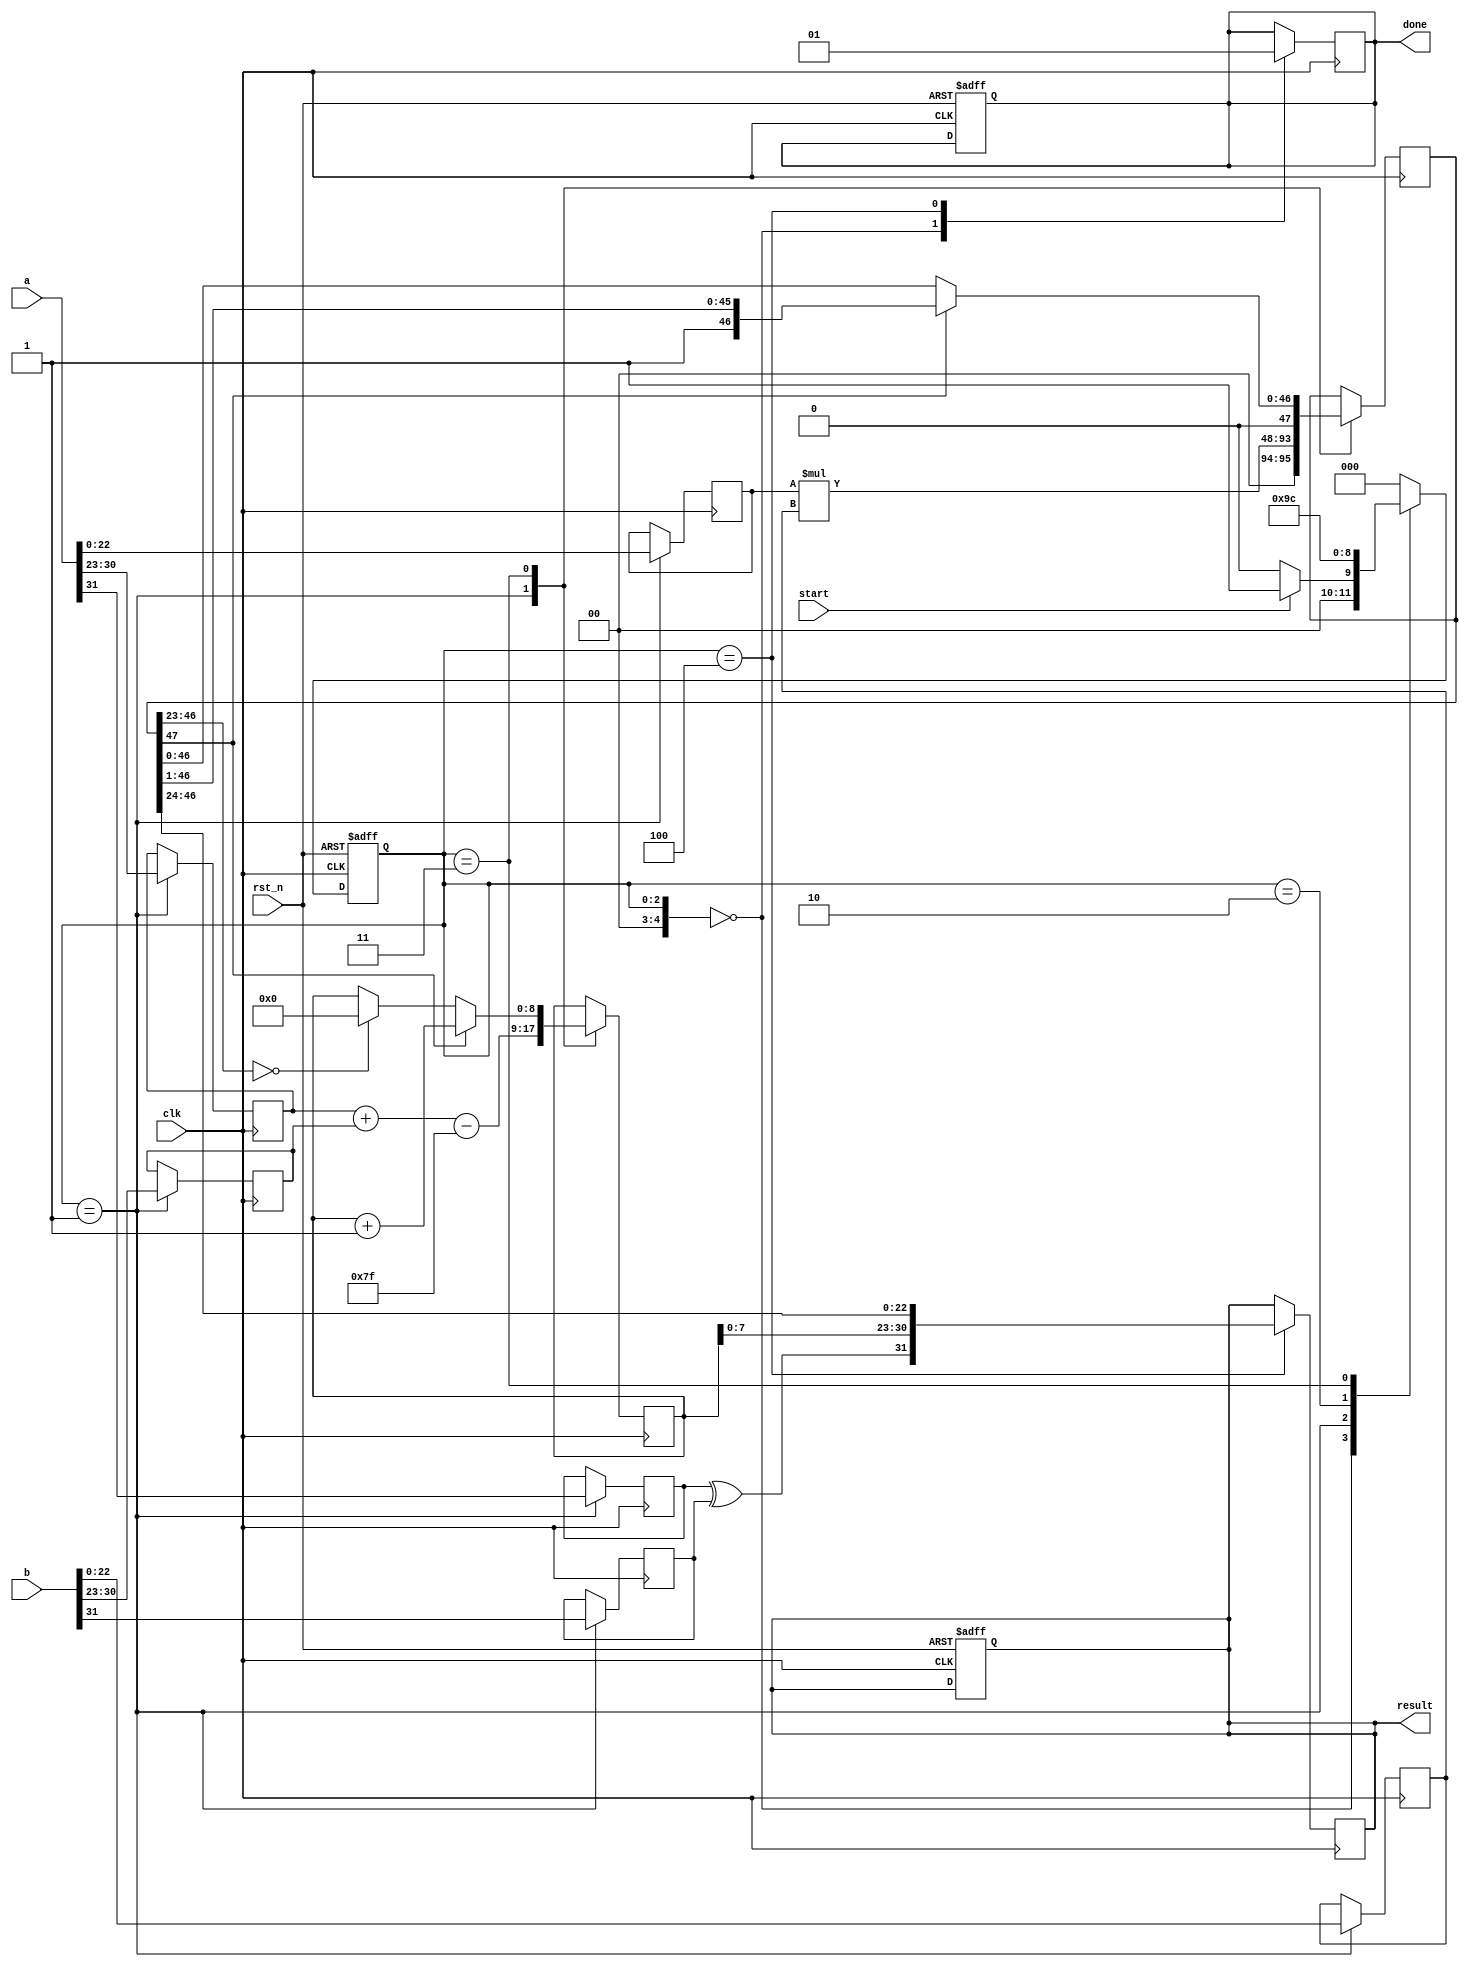
module floating_point_multiplier (
    input wire clk,
    input wire rst_n,
    input wire start,
    input wire [31:0] a, // First floating-point number
    input wire [31:0] b, // Second floating-point number
    output reg [31:0] result, // Output floating-point result
    output reg done // Done signal to indicate completion
);

    // Floating-point components
    reg sign_a, sign_b;
    reg [7:0] exp_a, exp_b;
    reg [22:0] mant_a, mant_b;

    // Intermediate registers
    reg [47:0] mant_product; // Mantissa multiplication result
    reg [8:0] exp_result; // Result exponent with 1 extra bit for overflow
    reg [4:0] state; // State machine
    reg [4:0] next_state; // Next state
    reg [7:0] bias = 8'd127; // Bias for single-precision
    
    // State Definitions
    localparam IDLE = 5'd0,
               PREPROCESS = 5'd1,
               MULTIPLY = 5'd2,
               POSTPROCESS = 5'd3,
               OUTPUT = 5'd4;

    // Initial state
    initial begin
        state = IDLE;
        result = 32'b0;
        done = 1'b0;
    end

    // State Machine
    always @(posedge clk or negedge rst_n) begin
        if (!rst_n) begin
            state <= IDLE;
            result <= 32'b0;
            done <= 1'b0;
        end else begin
            state <= next_state;
        end
    end

    // Next state logic
    always @(*) begin
        case (state)
            IDLE: begin
                if (start) begin
                    next_state = PREPROCESS;
                end else begin
                    next_state = IDLE;
                end
            end
            PREPROCESS: begin
                next_state = MULTIPLY;
            end
            MULTIPLY: begin
                next_state = POSTPROCESS;
            end
            POSTPROCESS: begin
                next_state = OUTPUT;
            end
            OUTPUT: begin
                next_state = IDLE;
            end
            default: next_state = IDLE;
        endcase
    end

    // Process Logic
    always @(posedge clk) begin
        case (state)
            IDLE: begin
                done <= 1'b0; // Reset done flag
            end
            PREPROCESS: begin
                // Extract components from input
                sign_a <= a[31];
                sign_b <= b[31];
                exp_a <= a[30:23];
                exp_b <= b[30:23];
                mant_a <= {1'b1, a[22:0]}; // Implicit leading 1
                mant_b <= {1'b1, b[22:0]}; // Implicit leading 1

                // Calculate the product of the exponents
                exp_result <= exp_a + exp_b - bias; // Subtract bias
                // Prepare mantissa multiplication
                mant_product <= mant_a * mant_b;
            end
            MULTIPLY: begin
                // No additional processing in this state for our design
            end
            POSTPROCESS: begin
                // Normalize the mantissa if needed
                if (mant_product[47]) begin
                    mant_product <= mant_product >> 1; // Shift right
                    exp_result <= exp_result + 1; // Adjust exponent
                end else if (mant_product[46:23] == 0) begin
                    // If mantissa is zero, adjust exponent for denormalized
                    exp_result <= 0;
                end
            end
            OUTPUT: begin
                // Prepare the output
                result <= {sign_a ^ sign_b, exp_result[7:0], mant_product[46:24]};
                done <= 1'b1; // Set done flag
            end
        endcase
    end

endmodule